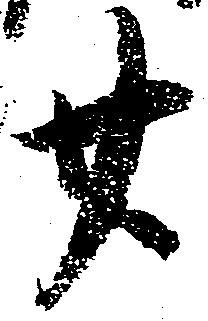
廿